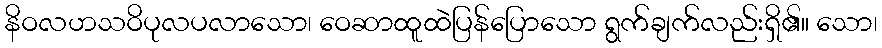
နိဝလဟသဝိပုလပလာသော၊ ဝေဆာထူထဲပြန်ပြောသော ရွက်ချက်လည်းရှိ၏။ သော၊